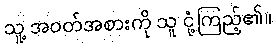
သူ့ အဝတ်အစားကို သူ ငုံ့ကြည့်၏။